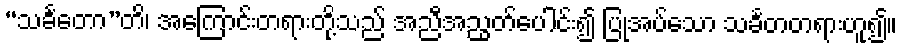
“သင်္ခတော”တိ၊ အကြောင်းတရားတို့သည် အညီအညွတ်ပေါင်း၍ ပြုအပ်သော သင်္ခတတရားဟူ၍။